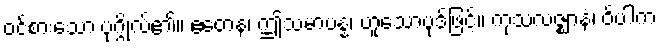
ဝင်စားသော ပုဂ္ဂိုလ်၏။ ဧတေန၊ ဤသမာပန္န၊ ဟူသောပုဒ်ဖြင့်။ ကုသလဇ္ဈာနံ၊ ဝိပါက